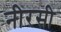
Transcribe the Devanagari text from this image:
नीरसी